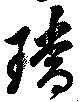
璫